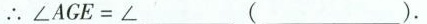
∴ $$∠ A G E = ∠ ___ ( ___ )$$.